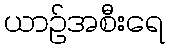
ယာဉ်အစီးရေ